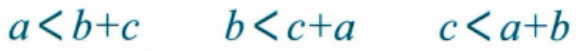
\(a < b + c\quad b < c + a\quad c < a + b\)